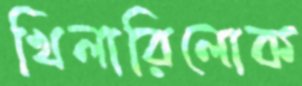
খিলারিলোক